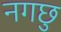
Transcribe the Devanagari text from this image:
नगछु